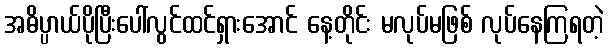
အဓိပ္ပာယ်ပိုပြီးပေါ်လွင်ထင်ရှားအောင် နေ့တိုင်း မလုပ်မဖြစ် လုပ်နေကြရတဲ့